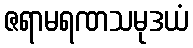
ဇရာမရဏသမုဒယံ